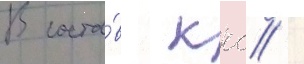
В соста́в ккс /